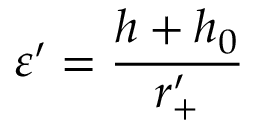
\varepsilon ^ { \prime } = \frac { h + h _ { 0 } } { r _ { + } ^ { \prime } }